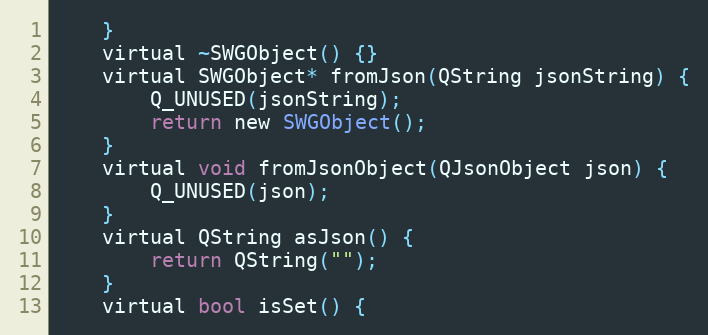
Language: C
    }
    virtual ~SWGObject() {}
    virtual SWGObject* fromJson(QString jsonString) {
        Q_UNUSED(jsonString);
        return new SWGObject();
    }
    virtual void fromJsonObject(QJsonObject json) {
        Q_UNUSED(json);
    }
    virtual QString asJson() {
        return QString("");
    }
    virtual bool isSet() {